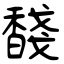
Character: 馢